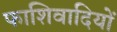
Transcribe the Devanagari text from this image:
फाशिवादियों